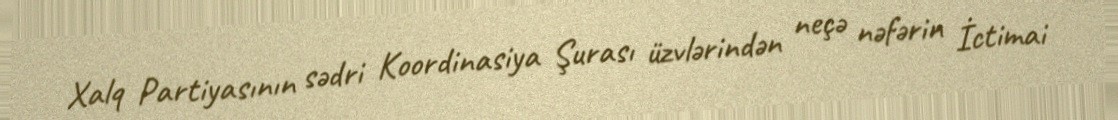
Xalq Partiyasının sədri Koordinasiya Şurası üzvlərindən neçə nəfərin İctimai